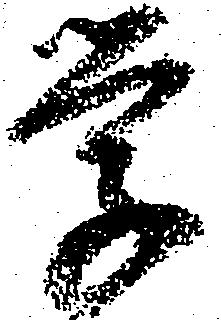
学